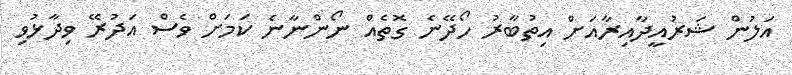
އަލުން ޝަރުއީދާއިރާއަށް އިތުބާރު ހޯދޭނެ ގޮތެއް ނޯންނާނެ ކަމަށް ވެސް އަދުރޭ ވިދާޅުވި